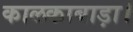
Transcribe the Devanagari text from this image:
कालकाबाड़ा।